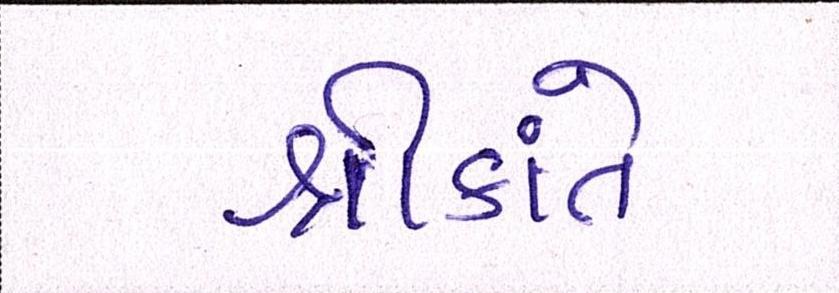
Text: શ્રીકાંતે